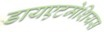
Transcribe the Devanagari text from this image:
डायएटमेशियस